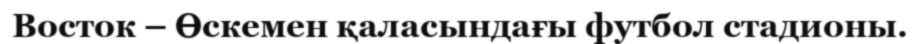
Восток – Өскемен қаласындағы футбол стадионы.